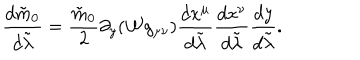
{ \frac { d \tilde { m } _ { 0 } } { d \tilde { \lambda } } } = { \frac { \tilde { m } _ { 0 } } { 2 } } \partial _ { y } ( { \cal W } g _ { \mu \nu } ) { \frac { d x ^ { \mu } } { d \tilde { \lambda } } } { \frac { d x ^ { \nu } } { d \tilde { \lambda } } } { \frac { d y } { d \tilde { \lambda } } } .